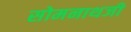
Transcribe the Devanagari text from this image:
सोमनाथजी